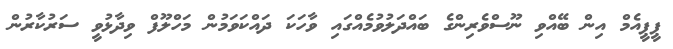
ޕީޕީއެމް އިން ބޭއްވި ނޫސްވެރިންގެ ބައްދަލުވުމެއްގައި ވާހަކަ ދައްކަވަމުން މަހްލޫފް ވިދާޅުވީ ސަރުކާރުން